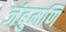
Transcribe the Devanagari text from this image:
जंबुमणि